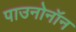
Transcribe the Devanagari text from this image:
पाउनोनॉन